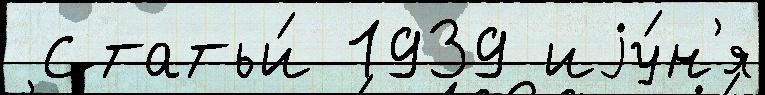
 Статьи́ 1939 иjу́н'я